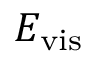
E _ { \mathrm { v i s } }